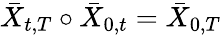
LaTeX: \bar{X}_{t,T}\circ\bar{X}_{0,t}=\bar{X}_{0,T}